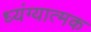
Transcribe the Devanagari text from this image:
ध्यंग्यात्मक